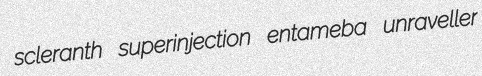
scleranth superinjection entameba unraveller